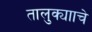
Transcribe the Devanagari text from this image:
तालुक्यााचे